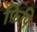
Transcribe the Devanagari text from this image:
फ़िपि